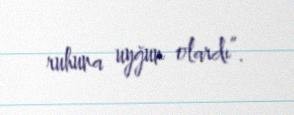
ruhuna uyğun olardı”.